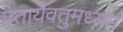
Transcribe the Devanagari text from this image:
प्रेतायैवतुमध्यमं